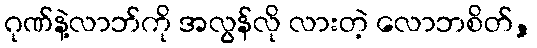
ဂုဏ်နဲ့လာဘ်ကို အလွန်လို လားတဲ့ လောဘစိတ်,